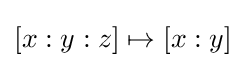
[x:y:z]\mapsto [x:y]